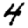
Digit: 4